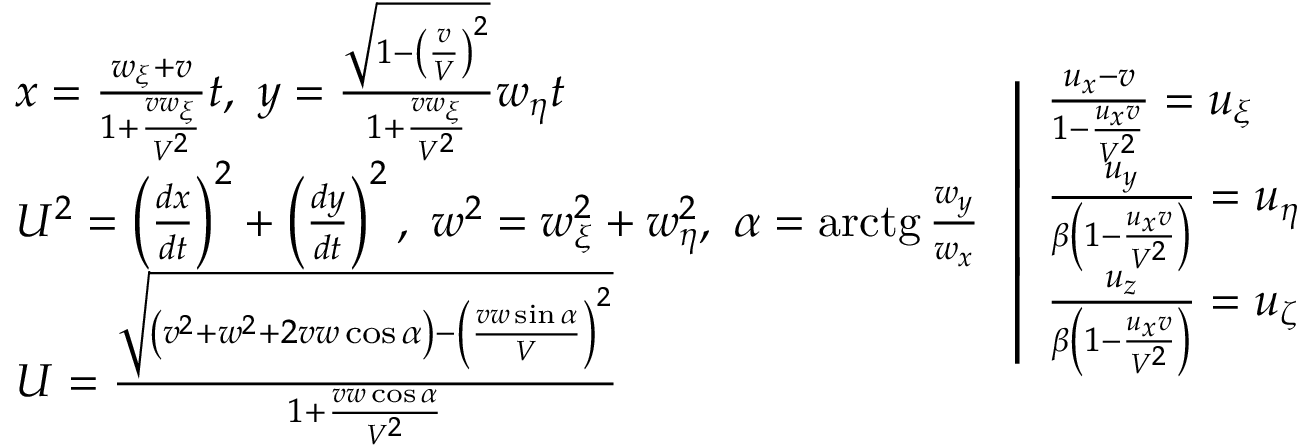
{ \begin{array} { l } { x = { \frac { w _ { \xi } + v } { 1 + { \frac { v w _ { \xi } } { V ^ { 2 } } } } } t , \ y = { \frac { \sqrt { 1 - \left( { \frac { v } { V } } \right) ^ { 2 } } } { 1 + { \frac { v w _ { \xi } } { V ^ { 2 } } } } } w _ { \eta } t } \\ { U ^ { 2 } = \left( { \frac { d x } { d t } } \right) ^ { 2 } + \left( { \frac { d y } { d t } } \right) ^ { 2 } , \ w ^ { 2 } = w _ { \xi } ^ { 2 } + w _ { \eta } ^ { 2 } , \ \alpha = \operatorname { a r c t g } { \frac { w _ { y } } { w _ { x } } } } \\ { U = { \frac { \sqrt { \left( v ^ { 2 } + w ^ { 2 } + 2 v w \cos \alpha \right) - \left( { \frac { v w \sin \alpha } { V } } \right) ^ { 2 } } } { 1 + { \frac { v w \cos \alpha } { V ^ { 2 } } } } } } \end{array} } \left| { \begin{array} { l } { { \frac { u _ { x } - v } { 1 - { \frac { u _ { x } v } { V ^ { 2 } } } } } = u _ { \xi } } \\ { { \frac { u _ { y } } { \beta \left( 1 - { \frac { u _ { x } v } { V ^ { 2 } } } \right) } } = u _ { \eta } } \\ { { \frac { u _ { z } } { \beta \left( 1 - { \frac { u _ { x } v } { V ^ { 2 } } } \right) } } = u _ { \zeta } } \end{array} } \right.